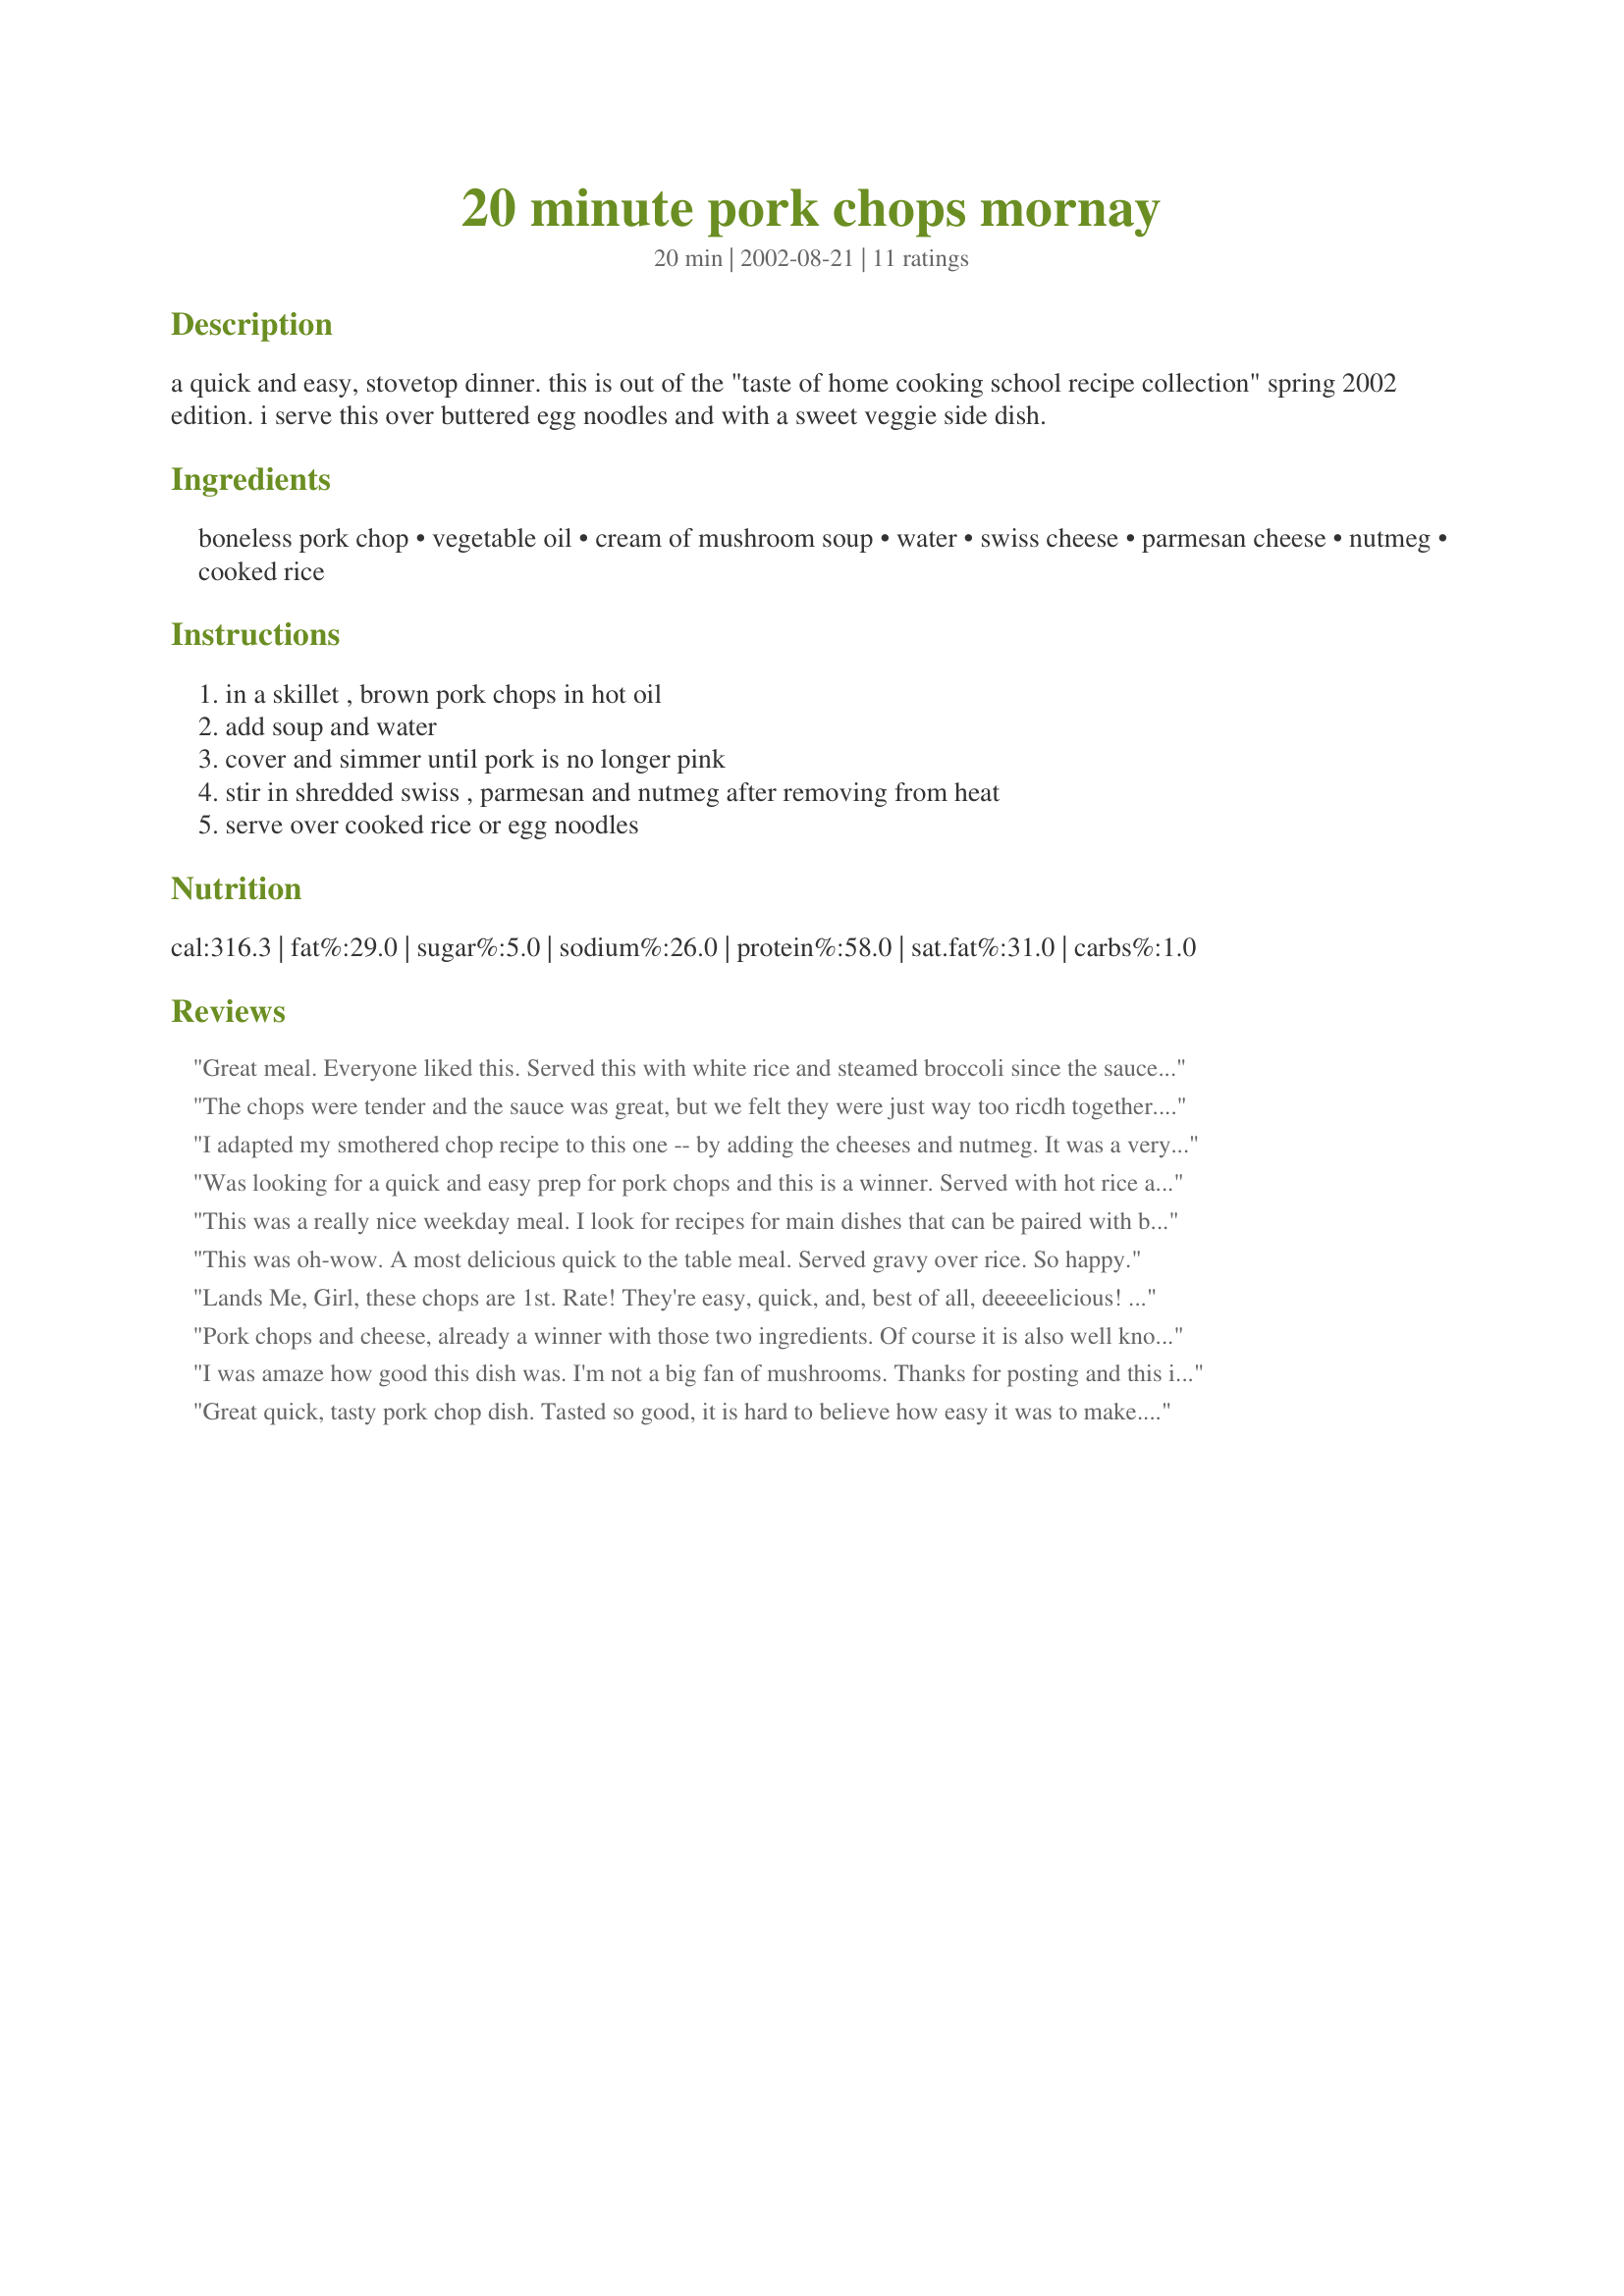
20 minute pork chops mornay
Preparation time: 20 minutes

a quick and easy, stovetop dinner. this is out of the "taste of home cooking school recipe collection" spring 2002 edition. i serve this over buttered egg noodles and with a sweet veggie side dish.

Ingredients:
boneless pork chop, vegetable oil, cream of mushroom soup, water, swiss cheese, parmesan cheese, nutmeg, cooked rice

Steps:
in a skillet , brown pork chops in hot oil, add soup and water, cover and simmer until pork is no longer pink, stir in shredded swiss , parmesan and nutmeg after removing from heat, serve over cooked rice or egg noodles

Reviews:
Great meal. Everyone liked this. Served this with white rice and steamed broccoli since the sauce would be rich and it was just perfect. Thank you
The chops were tender and the sauce was great, but we felt they were just way too ricdh together. This sauce would be much better paired with chicken. We served it with buttered egg noodles, chive buttered carrots, and fried cabbage. Half of us just ate the chops, no sauce, no noodles, and the other half atw just noodles and sauce with no chops. I had such high hopes for this, but I do think we will appreciate it more on chicken.
I adapted my smothered chop recipe to this one -- by adding the cheeses and nutmeg. It was a very NICE change!! Very good. I did have to make adjustments for some of the things. I did not have swiss cheese, so I used mozzerella. And since I have a large family I had to double the recipe. I used one can cream of mushroom and one can cream of celery soups. This is one that will be making again!! YUM!
Was looking for a quick and easy prep for pork chops and this is a winner. Served with hot rice and a green veggie for a fulfillig meal. YUMMY! Thanks for sharing Tara! A real keeper for me. Tweeky a.k.a. Judi
This was a really nice weekday meal. I look for recipes for main dishes that can be paired with boil in bag rice and microwave vegs. for a nice meal after a long work day. These pork chops made the ordinary sides look like something special. The flavor was wonderful. I'll make this one again and again!
This was oh-wow. A most delicious quick to the table meal. Served gravy over rice. So happy.
Lands Me, Girl, these chops are 1st. Rate! They're easy, quick, and, best of all, deeeeelicious! I just fixed 2 chops cause it's just Pa and I, but, boy, we devoured 'em! They went great with chia's Baked Latkes, #48494.
Oh, and we put 'em over buttered noodles. YUM!
Thanks for sharing a dandy, Tara. We really enjoyed 'em!
Laudee

Pork chops and cheese, already a winner with those two ingredients. Of course it is also well known that Campbell's can't go wrong either. Loved whole mornay sauce flavor.I will make this again. I also served with egg noodles.
Thanks for sharing TheDancingCook
I was amaze how good this dish was. I'm not a big fan of mushrooms. Thanks for posting and this is a keeper.. :)
Great quick, tasty pork chop dish. Tasted so good, it is hard to believe how easy it was to make. I served the chops over hot noodles with green beans and a salad. My family was impressed, too, and that always makes me happy. Thanks.
What a yummy & easy pork chop recipe! Everyone loved it. My dad kept commenting on how tender the chops were, and my kids liked the cheese. I used a recipe for dry homemade mushroom soup, and didn't brown the chops 1st. Thank you!
